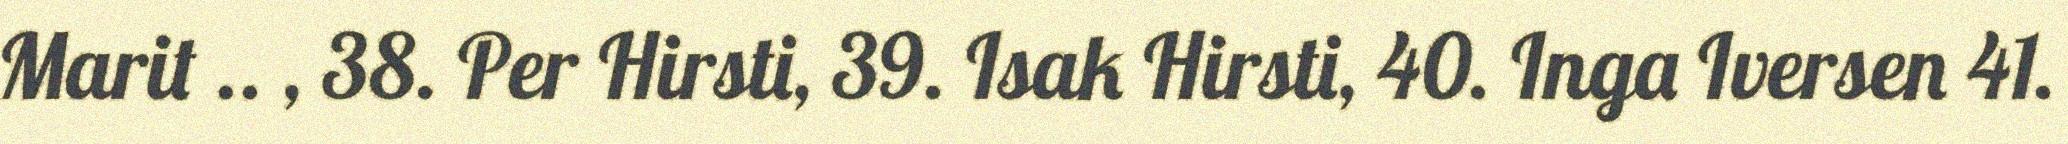
Marit .. , 38. Per Hirsti, 39. Isak Hirsti, 40. Inga Iversen 41.